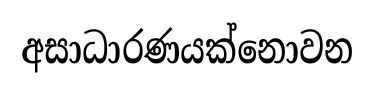
අසාධාරණයක්නොවන